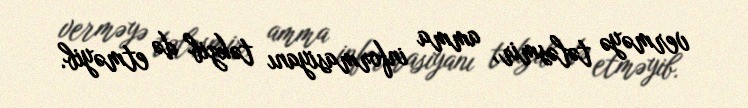
verməyə tələsmir, amma informasiyanı təkzib də etməyib.